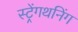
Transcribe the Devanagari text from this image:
स्ट्रेंगथनिंग